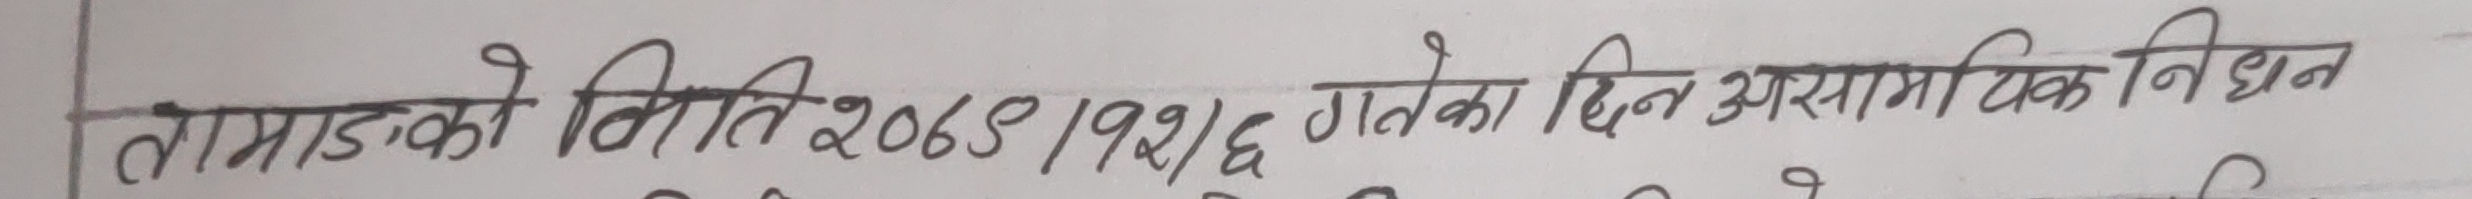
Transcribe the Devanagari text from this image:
तामाङको मिति २०७३/१२/६ गतेका दिन असमायिक निधन